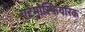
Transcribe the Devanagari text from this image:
एटमोस्फियरिक